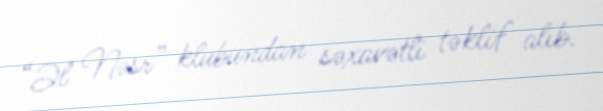
“Əl Nəsr” klubundan səxavətli təklif alıb.